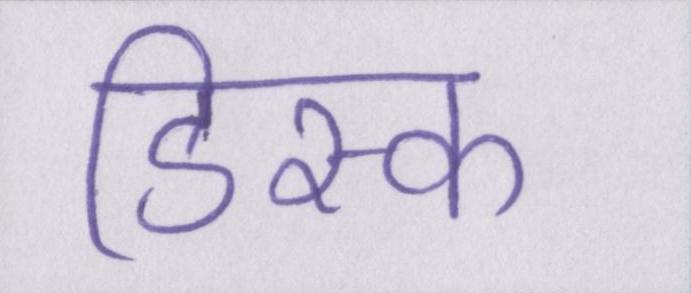
डिस्क